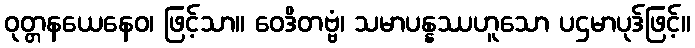
ဝုတ္တနယေနေဝ၊ ဖြင့်သာ။ ဝေဒိတဗ္ဗံ၊ သမာပန္နဿဟူသော ပဌမာပုဒ်ဖြင့်။